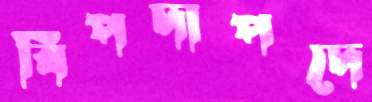
বিপদাপদে